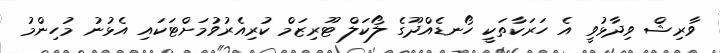
ވާރިޝް ވިދާޅުވީ އެ ހަރަކާތަކީ ހޯނޑެއްދޫގެ ލޯކަލް ޓޫރިޒަމް ކުރިއެރުވުމަށްޓަކައި އެޅުނު މުހިންމު